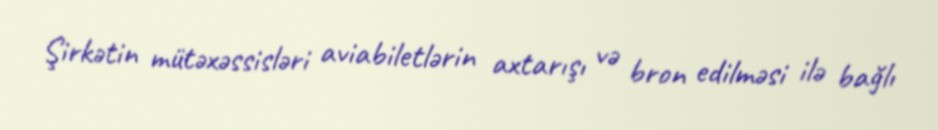
Şirkətin mütəxəssisləri aviabiletlərin axtarışı və bron edilməsi ilə bağlı